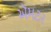
ઍમટર